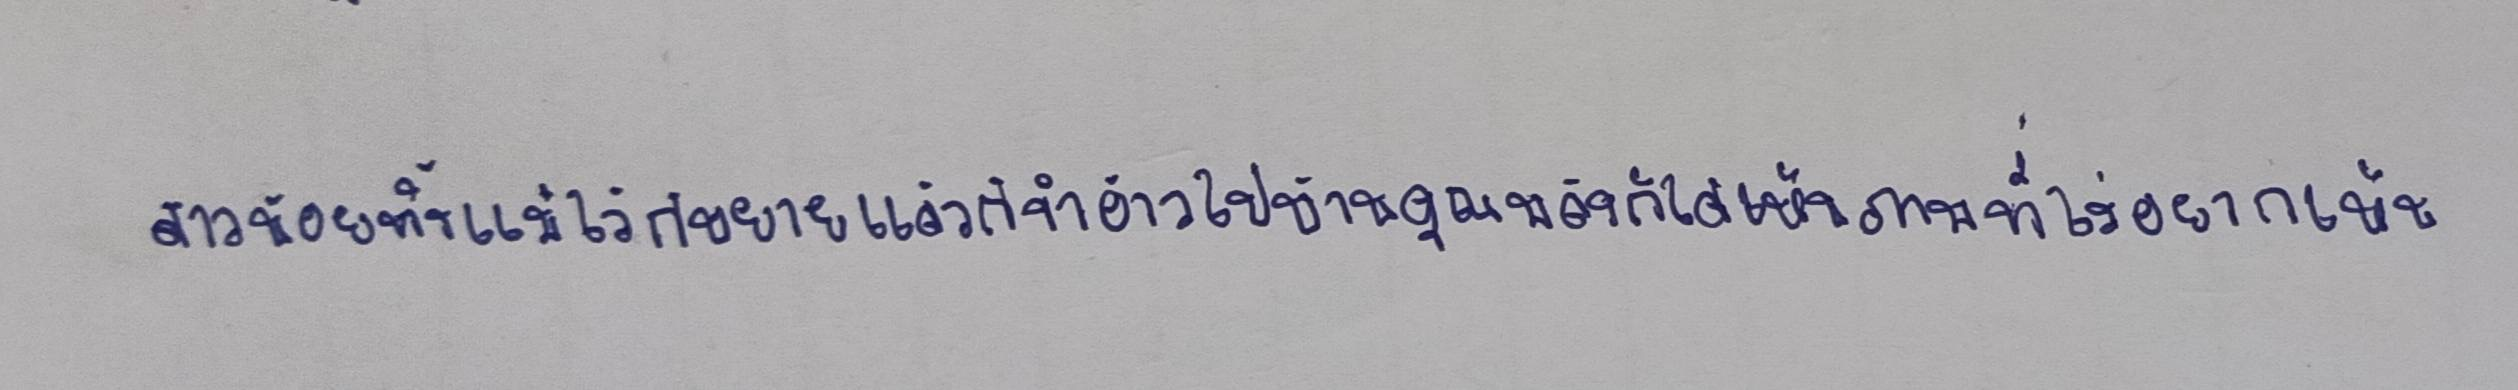
สาวน้อยทิ้งแม่ไว้กับยายแล้วก็จ้ำอ้าวไปบ้านคุณพลังก็ได้เห็นภาพที่ไม่อยากเห็น